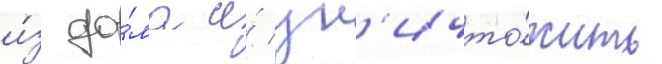
и́з до́ма и́ ун'ичто́жить